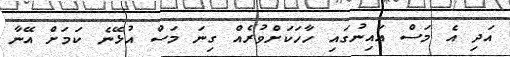
އަދި އެ މަސް އައިނުގައި ހާހަކަށްވުރެއް ގިނަ މަސް އުޅޭނެ ކަމަށް އޭނާ